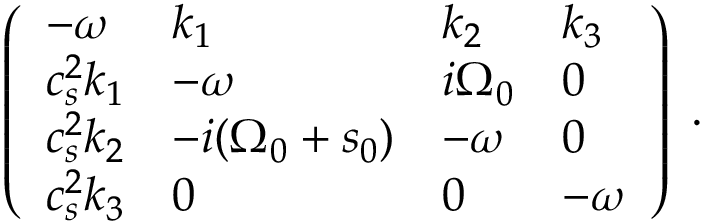
\left( \begin{array} { l l l l } { - { \omega } } & { k _ { 1 } } & { k _ { 2 } } & { k _ { 3 } } \\ { c _ { s } ^ { 2 } k _ { 1 } } & { - { \omega } } & { i { \Omega } _ { 0 } } & { 0 } \\ { c _ { s } ^ { 2 } k _ { 2 } } & { - i ( { \Omega } _ { 0 } + s _ { 0 } ) } & { - { \omega } } & { 0 } \\ { c _ { s } ^ { 2 } k _ { 3 } } & { 0 } & { 0 } & { - { \omega } } \end{array} \right) \; .